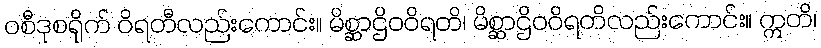
ဝစီဒုစရိုက် ဝိရတီလည်းကောင်း။ မိစ္ဆာဌိဝဝိရတိ၊ မိစ္ဆာဌိဝဝိရတိလည်းကောင်း။ ဣတိ၊